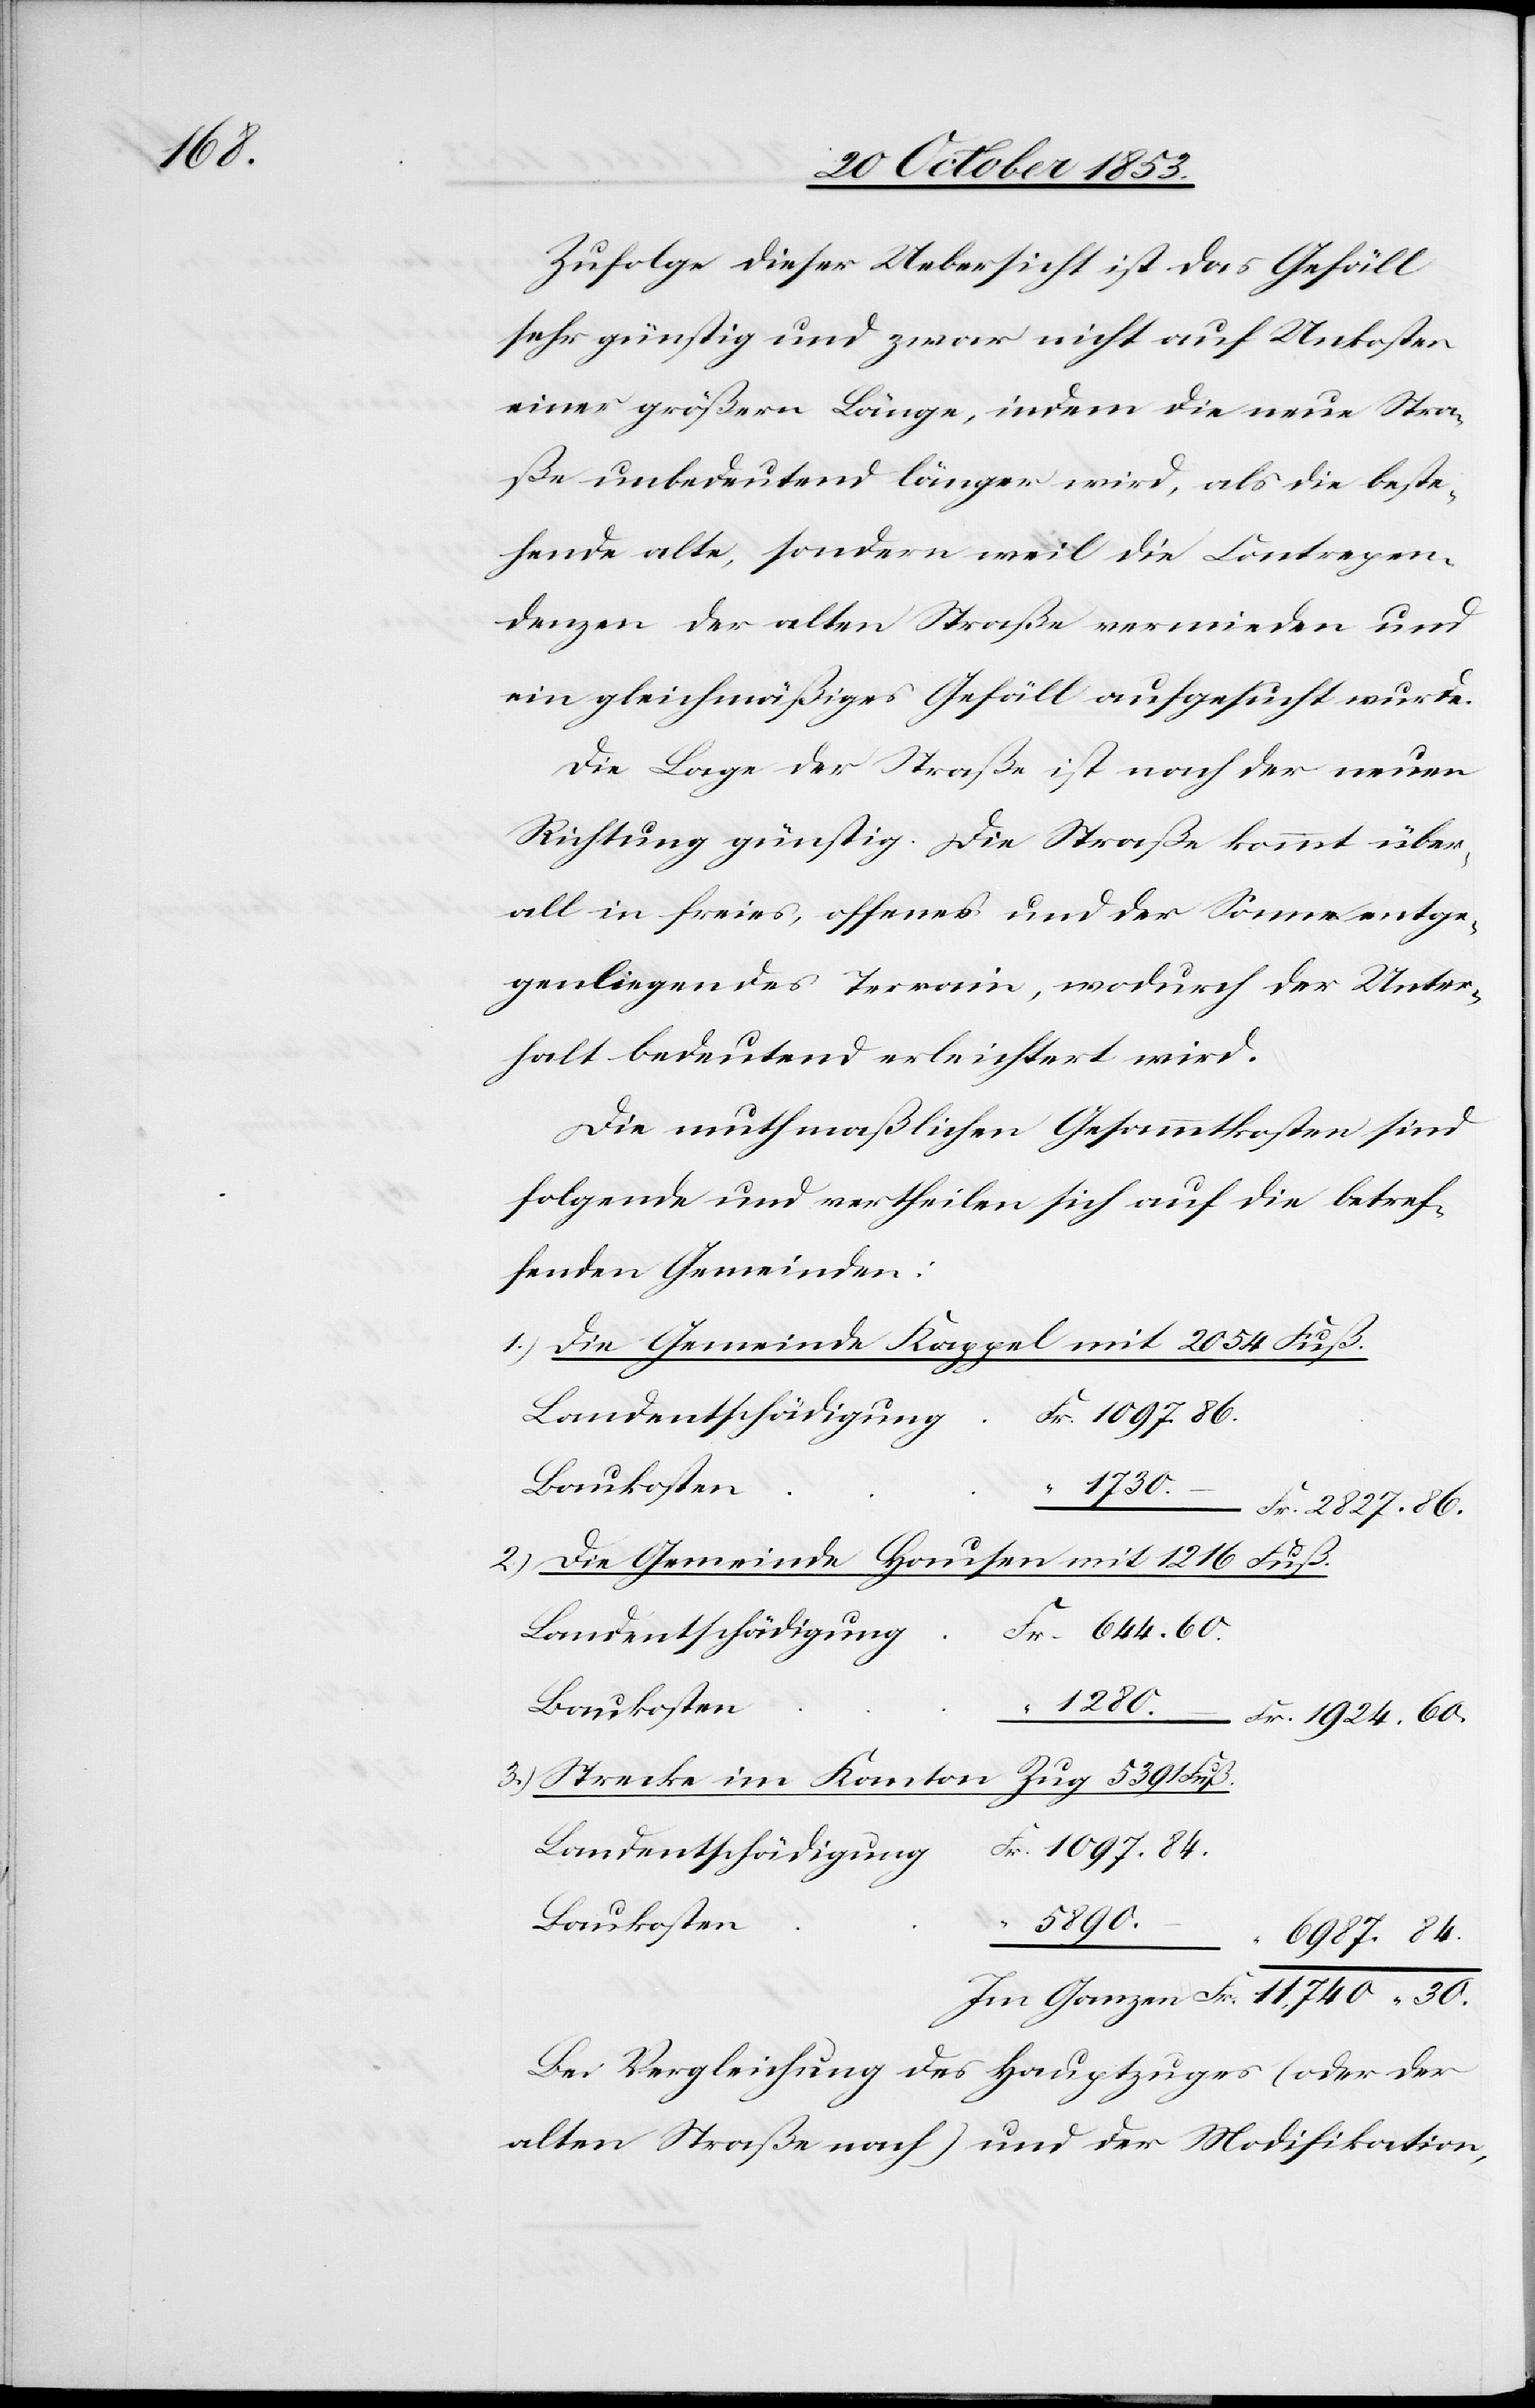
Zufolge dieser Uebersicht ist das Gefäll
sehr günstig und zwar nicht auf Unkosten
einer größern Länge, indem die neue Stra¬
ße unbedeutend länger wird, als die beste¬
hende alte, sondern weil die Contrepe¬
denzen der alten Straße vermieden und
ein gleichmäßiges Gefäll aufgesucht wurde.
Die Lage der Straße ist nach der neuen
Richtung günstig. Die Straße kommt über¬
all in freies, offenes und der Sonne entge¬
genliegendes Terrain, wodurch der Unter¬
halt bedeutend erleichtert wird.
Die muthmaßlichen Gesammtkosten sind
folgende und vertheilen sich auf die betref¬
fenden Gemeinden:
1.) Die Gemeinde Kappel mit 2054 Fuß.
Landentschädigun¬
g	Fr. 1097.86.
Fr. 2827.86
2.) Die Gemeinde Hausen mit 1216 Fuß.
g	Fr. 644.60.
Bauentschädigun¬
1280.– Fr. 1924.60
3.) Strecke im Kanton Zug 5391 Fuß
g	Fr. 1097.84.
– “
6987. 84
Im Ganzen Fr. 11,740 30.
Bei Vergleichung des Hauptzuges (oder der
alten Straße nach) und der Modifikation,